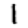
Digit: 1